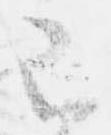
已